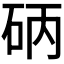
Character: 𱳴